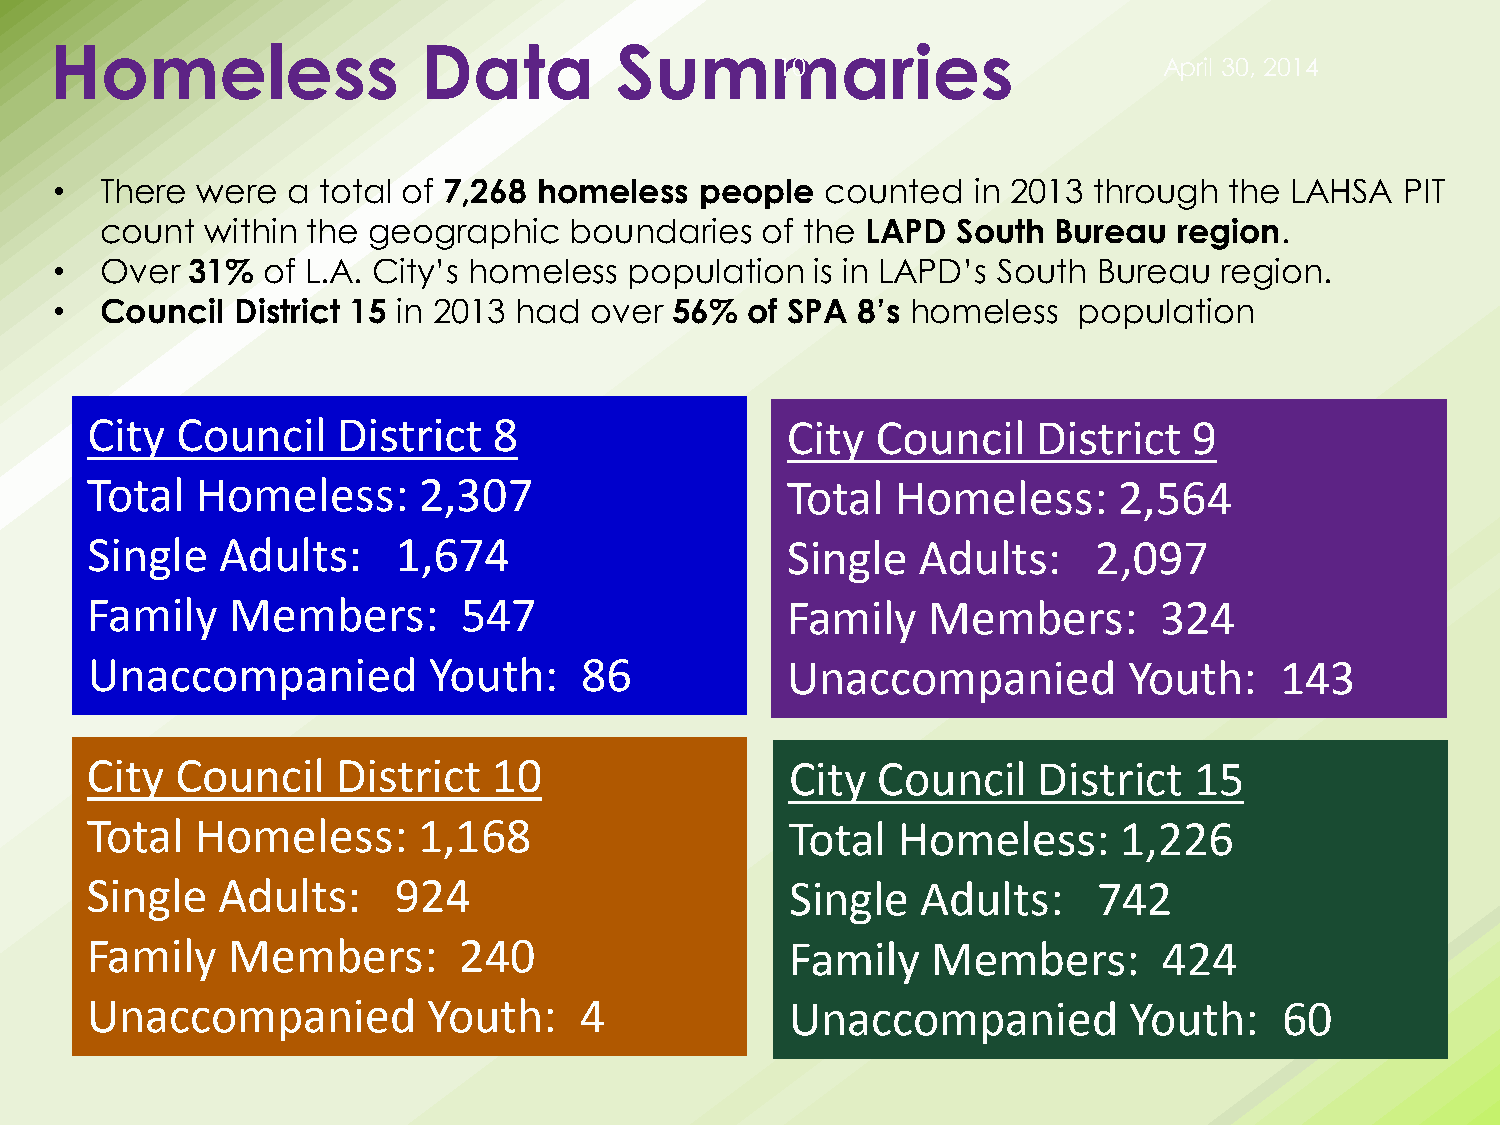
Homeless                 Data         Summaries
 10                       April 30, 2014
 •   There were  a total of 7,268 homeless  people   counted  in 2013 through  the LAHSA   PIT
 count  within the geographic   boundaries  of the LAPD  South  Bureau  region.
 •   Over 31%  of L.A. City’s homeless  population  is in LAPD’s South Bureau  region.
 •   Council  District 15 in 2013 had over 56% of SPA  8’s homeless  population
 City  Council   District   8                  City  Council    District  9
 Total  Homeless:      2,307                   Total  Homeless:      2,564
 Single   Adults:    1,674                     Single   Adults:    2,097
 Family   Members:       547                   Family   Members:        324
 Unaccompanied         Youth:    86            Unaccompanied          Youth:    143
 City  Council   District   10                 City  Council    District  15
 Total  Homeless:      1,168                   Total  Homeless:      1,226
 Single  Adults:     924                       Single   Adults:     742
 Family   Members:       240                   Family    Members:       424
 Unaccompanied         Youth:    4             Unaccompanied          Youth:    60